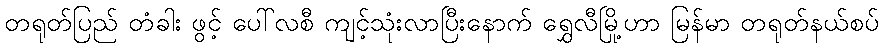
တရုတ်ပြည် တံခါး ဖွင့် ပေါ်လစီ ကျင့်သုံးလာပြီးနောက် ရွှေလီမြို့ဟာ မြန်မာ တရုတ်နယ်စပ်